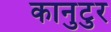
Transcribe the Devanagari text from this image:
कानुटुर